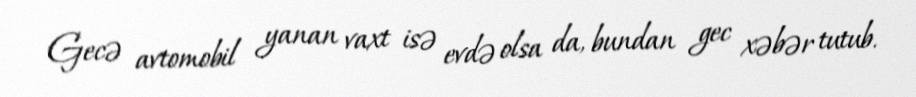
Gecə avtomobil yanan vaxt isə evdə olsa da, bundan gec xəbər tutub.